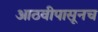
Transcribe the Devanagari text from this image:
आठवीपासूनच